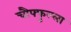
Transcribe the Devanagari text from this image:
चौफ्फुल्ला